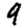
Digit: 9